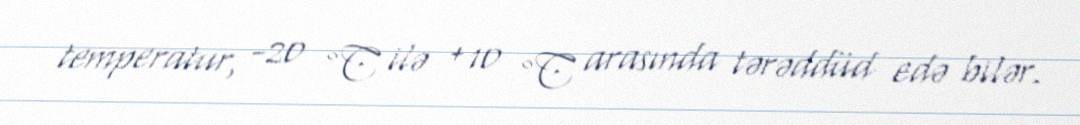
temperatur, -20 °C ilə +10 °C arasında tərəddüd edə bilər.